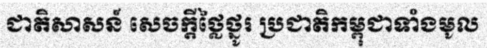
ជាតិសាសន៍ សេចក្តីថ្លៃថ្នូរ ប្រជាតិកម្ពុជាទាំងមូល